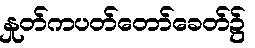
နှုတ်ကပတ်တော်ခေတ်၌